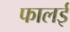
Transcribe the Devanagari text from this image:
फालई